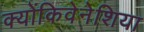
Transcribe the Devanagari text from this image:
क्योंकिवेनेशिया